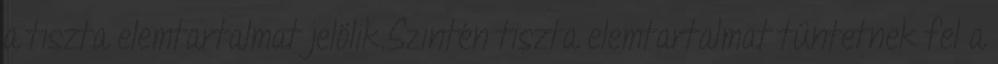
a tiszta elemtartalmat jelölik.Szintén tiszta elemtartalmat tüntetnek fel a